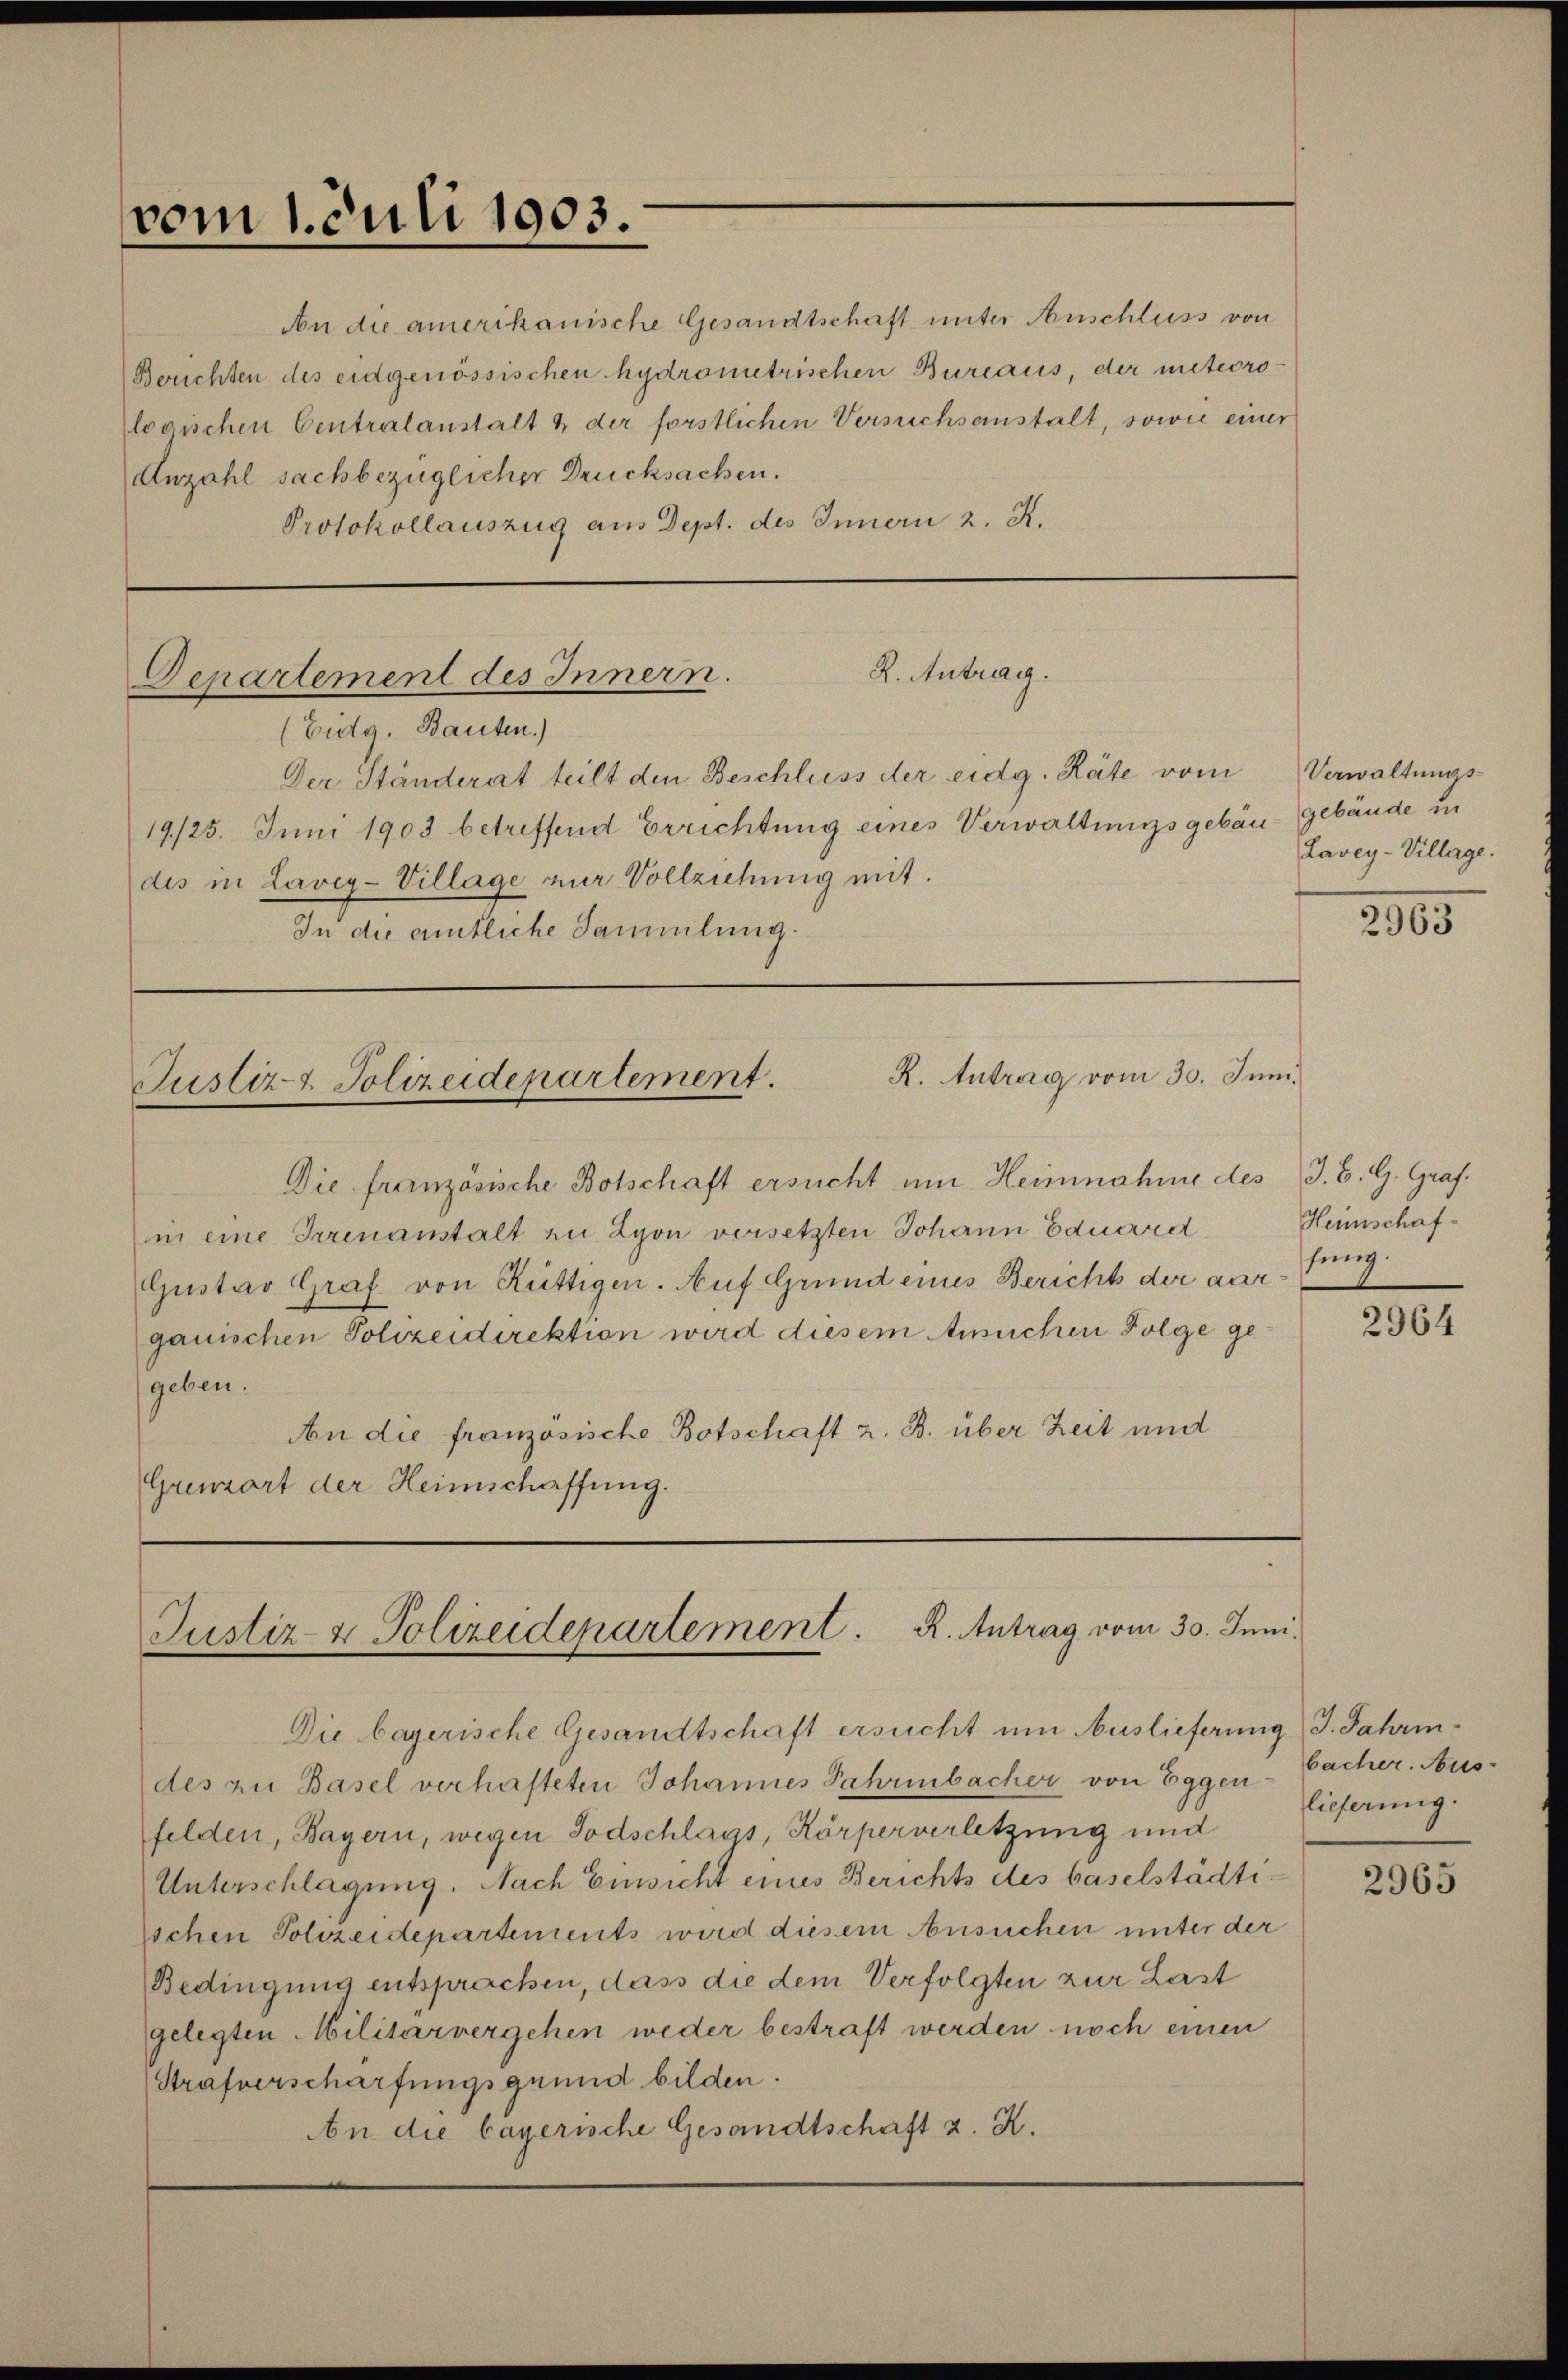
vom 1. Juli 1903.

An die amerikanische Gesandtschaft unter Auschluss von
Berichten des eidgenössischen hydrometrischen Burcaus, der meteoro-
logischen Centralanstalt & der förstlichen Versuchseinstalt, sowie einer
Anzahl sachbezüglicher Drucksachen.
Protokollauszug aus Dept. des Innern 2. K.

Departement des Innern.

R. Antrag.

R. Antrag vom 30. Juni.
Justiz & Polizeidepartement.

(Eidg. Bauten.)
Der Ständerat teilt den Beschluss der eidg. Räte vom
19/25. Juni 1903 betreffend Errichtung eines Verwaltungsgebäu- Gebäude in
des in Lavez-Village nur Vollziehung mit.
In die amtliche Sammlung.

Die französische Botschaft ersucht um Heinnahme des J. B. G. Graf.
in eine Irrenanstalt zu Lyon versetzten Johann Eduard
Gustav Graf von Rüttigen. Auf Grund eines Bericht der aarganischen Polizeidirektion wird diesem Ansuchen Folge gegeben.
An die französische Botschaft z. B. über Zeit und
Gremort der Heimschaffung.

Justiz- & Polizeidenartement. R. Antrag vom 30. Juni.

Die bayerische Gesandtschaft ersucht um Auslieferung) J. Jahrendes zu Basel verhafteten Johannes Jahrenbacher von Eggen-Cacher. Aus-
felden, Bayern, wegen Todschlags, Körperverletzung und
Unterschlagung. Nach Einsicht eines Berichts des baselstädtisschen Polizeidepartements wird diesem Ansuchen unter der
Bedingung entsprachen, dass die dem Verfolgten zur Last
gelegten Militärvergehen weder bestraft werden noch einen
Strafverschärfungsgrund bilden.
An die bayerische Gesandtschaft z. K.

Verwaltungs-
Lavey-Village.

2005

Heimschafssung.

2964

lieferung.

2965